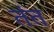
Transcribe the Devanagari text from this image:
तंत